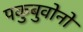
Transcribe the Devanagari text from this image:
पकुबुवोनो